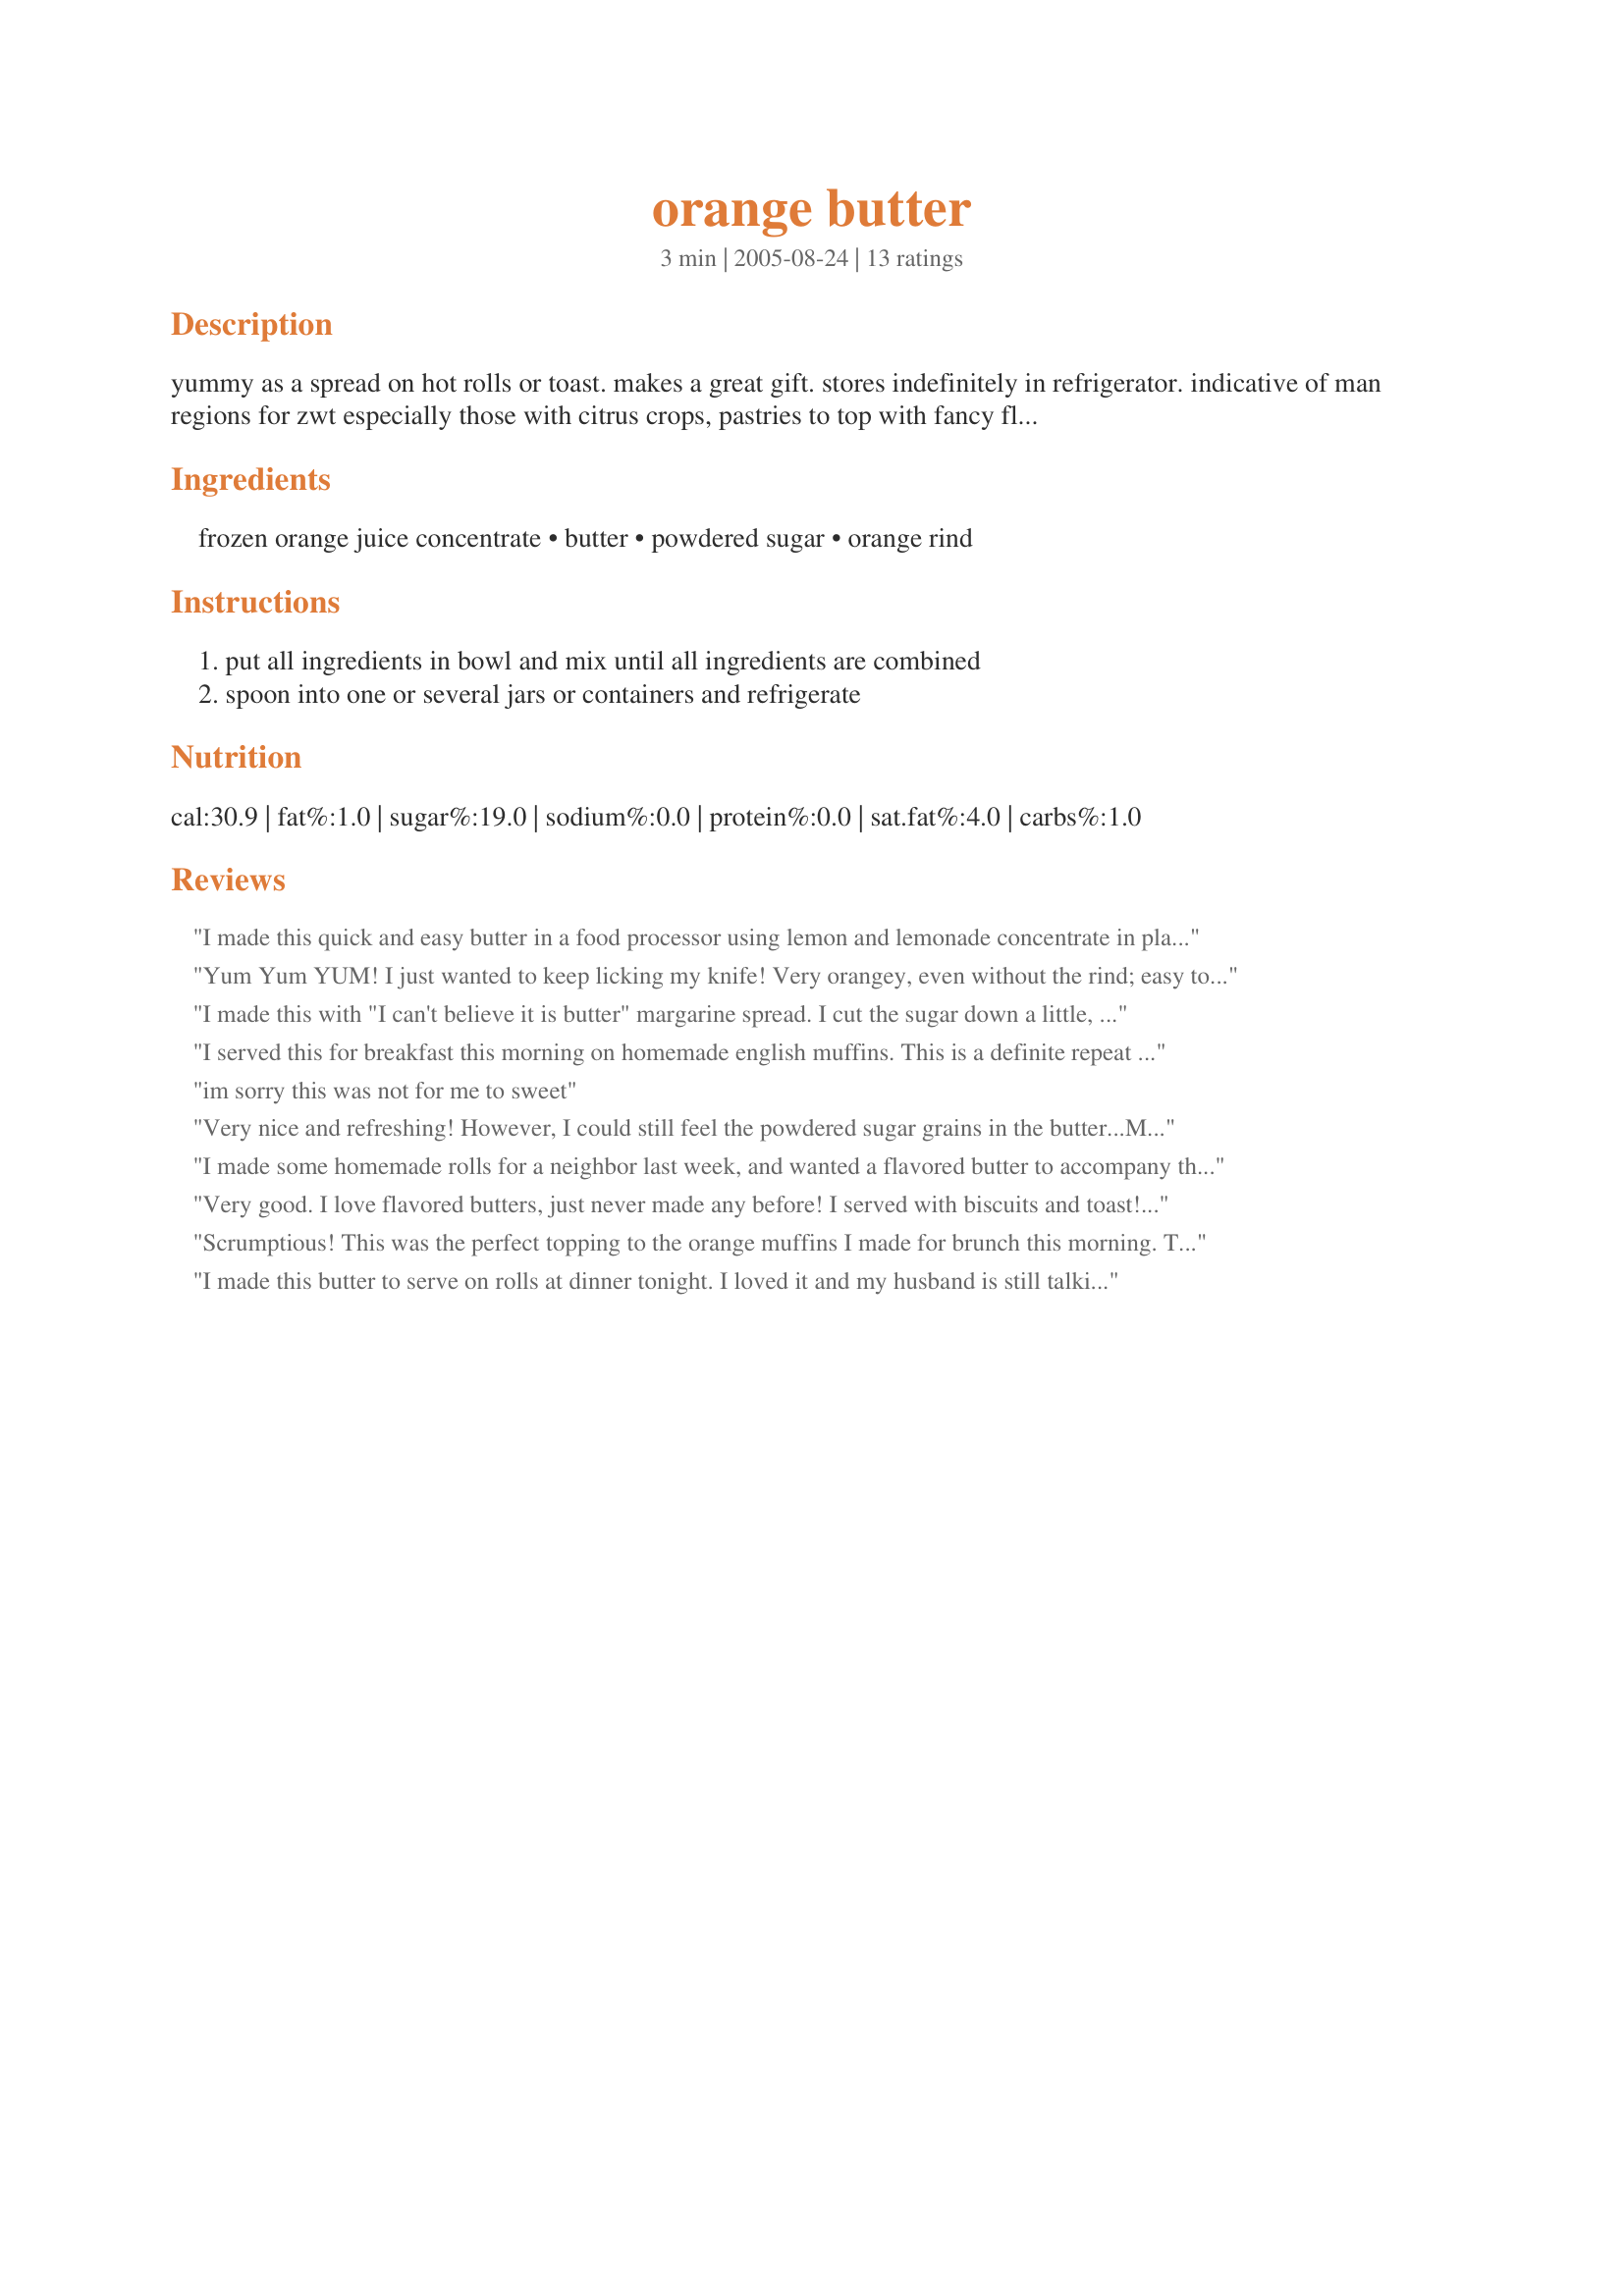
orange butter
Preparation time: 3 minutes

yummy as a spread on hot rolls or toast. makes a great gift. stores indefinitely in refrigerator. indicative of man regions for zwt especially those with citrus crops, pastries to top with fancy flavored butters and those countries who still observe tea! france, britain, etc... note: this has a ton of sugar- thanks to fantastic reviewers i can offer this suggestion- start with 1/4 cup sugar (4tbsp) - taste a bit and add more sugar to taste!

Ingredients:
frozen orange juice concentrate, butter, powdered sugar, orange rind

Steps:
put all ingredients in bowl and mix until all ingredients are combined, spoon into one or several jars or containers and refrigerate

Reviews:
I made this quick and easy butter in a food processor using lemon and lemonade concentrate in place of the orange. Served it with Lavender Pound Cake recipe 138927. Yes both my husband and I had seconds! A long work out tomorrow.
Yum Yum YUM! I just wanted to keep licking my knife! Very orangey, even without the rind; easy to make. We devoured this with waffles-this would be perfect with muffins. Thanks for this sweet treat!
I made this with "I can't believe it is butter" margarine spread. I cut the sugar down a little, let it set awhile so the sugar grains will dissolve. Delicious on banana bread! Next time I will use individual splenda packets and see what results. Thanks for posting!
I served this for breakfast this morning on homemade english muffins. This is a definite repeat recipe! I whipped the softened butter before adding sifted powdered sugar. The texture was fine. I can see adding a tiny bit of vanilla or aliquer depending on when/ what is being served. Wonderful recipe!
im sorry this was not for me to sweet
Very nice and refreshing! However, I could still feel the powdered sugar grains in the butter...Maybe its just my powdered sugar's fault......Thanks!
I made some homemade rolls for a neighbor last week, and wanted a flavored butter to accompany them, so I made your recipe after seeing it featured in Eater's Digest. I am so glad I did -- it's fabulous! I thought the sugar content was a little high, so I cut back on it by a little more than a half. It still whipped up nicely and was perfectly sweet! I also put the powdered sugar through a seive before adding it to the butter (just to prevent a possible gritty texture, which seemed to be a problem for another chef). I definately plan to make this recipe again; thanks Mama's Kitchen.
Very good. I love flavored butters, just never made any before! I served with biscuits and toast! Yummy!
Scrumptious! This was the perfect topping to the orange muffins I made for brunch this morning. The muffins would have been lost without the orange butter! I halved the recipe and it came out perfect. Super quick and easy to put together! Would also make a delicious icing for cookies!
I made this butter to serve on rolls at dinner tonight. I loved it and my husband is still talking about how good it was. The flavor was so good and I can't wait to try this on homemade biscuits.
Flavoured butters have been among my most favourite finds during ZWT. I'll prob have to have a new cookbook to store them safely & this treat will surely be among them. Bagels, toast, English muffins, biscuits, scones, pancakes, waffles, French toast - my mind races w/all the options. Thx so much for posting this!
I was expecting orange butter, what this is is orange frosting! Tasty though it is, it is extremely sweet. I started out having the recipe, but I doubled the butter to cut the sweetness. I didn't have any orange, I think that would give it a nice little edge. I'll be serving this with #144826.
This is delicious, however, I just could not bring myself to add a whopping pound of sugar to less than 1 cup of butter! I added 4 Tablespoons and that amount was perfect. We eat this with #14988. Yum!
